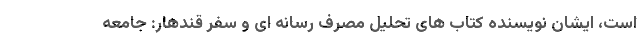
است، ایشان نویسنده کتاب های تحلیل مصرف رسانه ای و سفر قندهار: جامعه